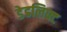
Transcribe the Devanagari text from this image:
डेडलिफ्ट